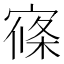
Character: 𡩢